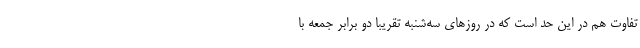
تفاوت هم در این حد است که در روزهای سه‌شنبه تقریبا دو برابر جمعه با